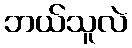
ဘယ်သူလဲ